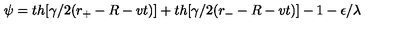
\psi = t h [ \gamma / 2 ( r _ { + } - R - v t ) ] + t h [ \gamma / 2 ( r _ { - } - R - v t ) ] - 1 - \epsilon / \lambda